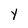
Character: Y